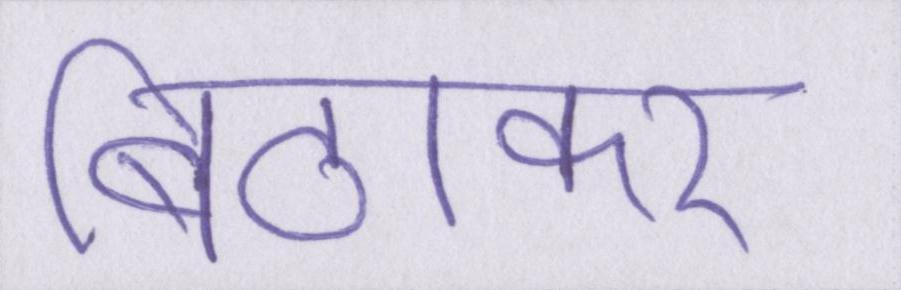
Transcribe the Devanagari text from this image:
बिठाकर